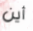
أين